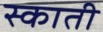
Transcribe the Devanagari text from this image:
स्काती